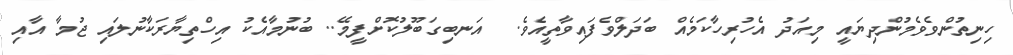
ހިނިތުންވެވެމުންދިޔައީ މިއަދު އެހުރިހާކަމެއް ބަދަލްވެފަައިވާތީއެވެ.  އަނބިގަބޫލުކޮށްފީމޭ.. ބުނުމާއެކު އިހްތިޔާރަކާނުލައި ޖުމާ އާއި